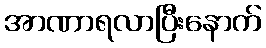
အာဏာရလာပြီးနောက်